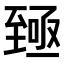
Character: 𫇐